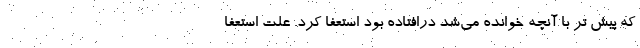
که پیش تر با آنچه خوانده می‌شد درافتاده بود استعفا کرد. علت استعفا